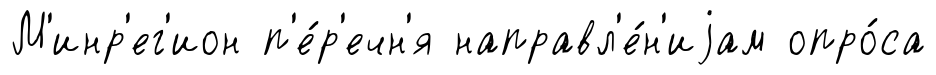
М'инр'ег'ион п'е́р'ечн'я направл'е́н'иjам опро́са